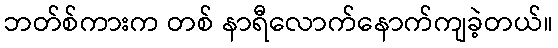
ဘတ်စ်ကားက တစ် နာရီလောက်နောက်ကျခဲ့တယ်။